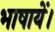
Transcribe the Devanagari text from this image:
भाषायें।